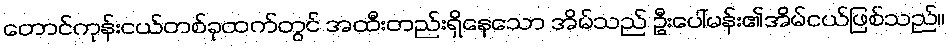
တောင်ကုန်းငယ်တစ်ခုထက်တွင် အထီးတည်းရှိနေသော အိမ်သည် ဦးပေါ်မန်း၏အိမ်ငယ်ဖြစ်သည်။